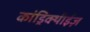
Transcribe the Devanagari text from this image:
कांड्रिक्थीईज़